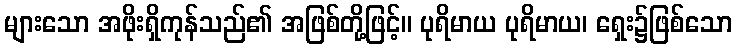
များသော အဖိုးရှိကုန်သည်၏ အဖြစ်တို့ဖြင့်။ ပုရိမာယ ပုရိမာယ၊ ရှေး၌ဖြစ်သော